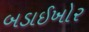
બડાઈખોર